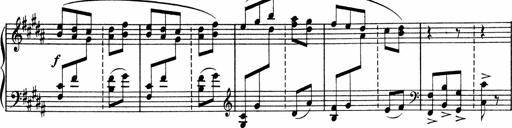
Title: Sonatine pour piano
Composer: Albert Roussel